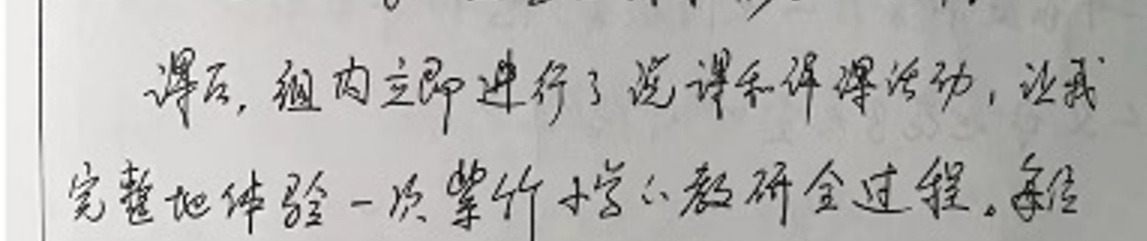
随后，国内立即进行了说课和评课活动，让我完整地体验一次整个教学全过程。全程